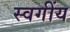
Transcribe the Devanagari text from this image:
स्वगींय